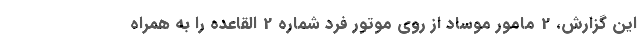
این گزارش، 2 مامور موساد از روی موتور فرد شماره 2 القاعده را به همراه